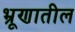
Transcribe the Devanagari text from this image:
भ्रूणातील